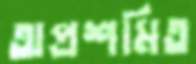
অপ্রশমিত